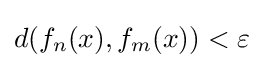
d(f_{n}(x),f_{m}(x))<\varepsilon